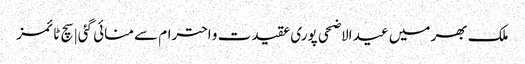
ملک بھر میں عید الاضحی پوری عقیدت و احترام سے منائی گئی | سچ ٹائمز